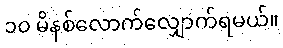
၁၀ မိနစ်လောက်လျှောက်ရမယ်။